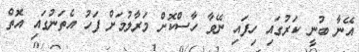
އޭނާ ބުނީ ކަރުގައި ހިފައި ނޭވާ ހާސްކޮށް މަރާލުމަށް ފަހު އެތަނުގައި އޮތް